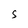
Character: S